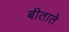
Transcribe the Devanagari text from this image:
बीताते